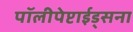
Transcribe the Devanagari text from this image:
पॉलीपेप्टाईड्सना